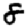
Digit: 8